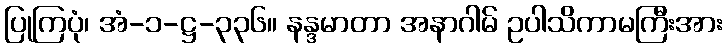
ပြုကြပုံ၊ အံ-၁-ဋ္ဌ-၃၃၆။ နန္ဒမာတာ အနာဂါမ် ဥပါသိကာမကြီးအား